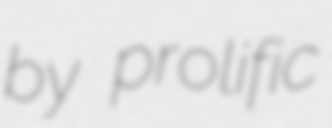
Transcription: by prolific